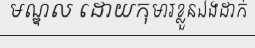
មណ្ឌល ដោយកុមារខ្លួនឯងដាក់